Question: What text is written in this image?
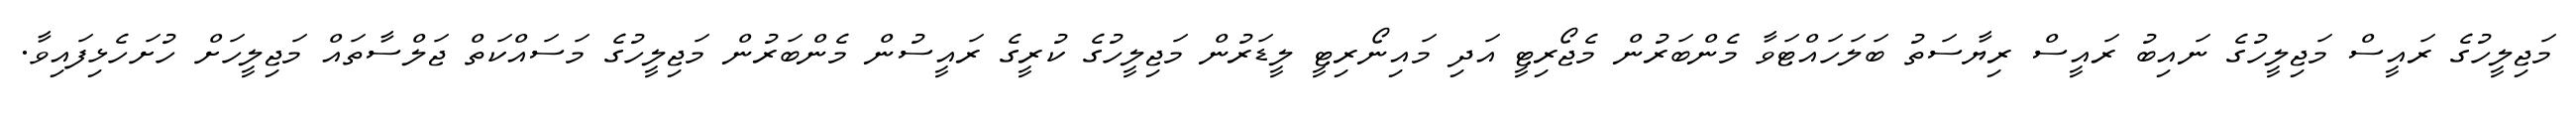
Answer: މަޖިލީހުގެ ރައީސް މަޖިލީހުގެ ނައިބު ރައީސް ރިޔާސަތު ބަލަހައްޓަވާ މެންބަރުން މެޖޯރިޓީ އަދި މައިނޯރިޓީ ލީޑަރުން މަޖިލީހުގެ ކުރީގެ ރައީސުން މެންބަރުން މަޖިލީހުގެ މަސައްކަތް ޖަލްސާތައް މަޖިލީހަށް ހުށަހެޅިފައިވާ.